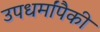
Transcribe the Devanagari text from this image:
उपधर्मांपैकी